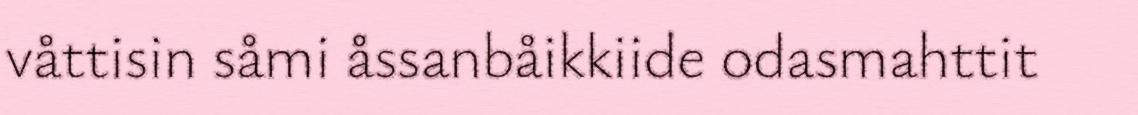
våttisin såmi åssanbåikkiide odasmahttit